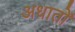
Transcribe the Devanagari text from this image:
अधातों